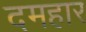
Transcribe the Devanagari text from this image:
दमहार